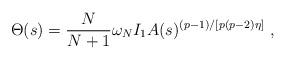
LaTeX: \begin{align*}\Theta(s) = \frac{N}{N+1} \omega_N I_1 A(s)^{(p-1)/[p(p-2)\eta]}\ ,\end{align*}